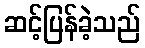
ဆင့်ပြန်ခဲ့သည်